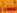
شيماء